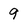
Character: 9